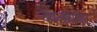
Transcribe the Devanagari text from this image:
देवेलोपेमेंट